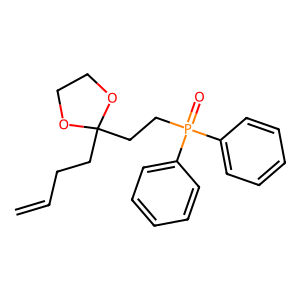
SMILES: C=CCCC1(CCP(=O)(c2ccccc2)c2ccccc2)OCCO1
Inhibits HIV replication: No